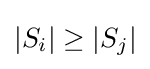
|S_{i}|\geq |S_{j}|